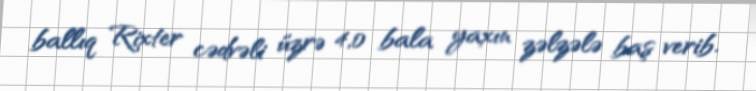
ballıq Rixter cədvəli üzrə 4,0 bala yaxın zəlzələ baş verib.